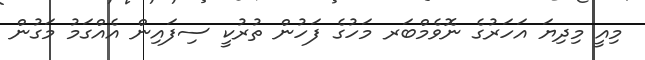
މިއީ މިދިޔަ އަހަރުގެ ނޮވެމްބަރ މަހުގެ ފަހުން ތުރުކީ ސިފައިން އެއްގަމު މަގުން